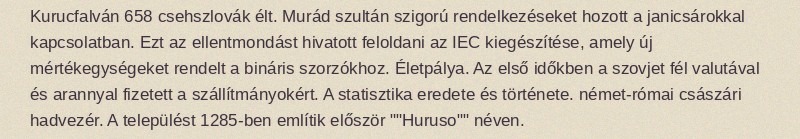
Kurucfalván 658 csehszlovák élt. Murád szultán szigorú rendelkezéseket hozott a janicsárokkal kapcsolatban. Ezt az ellentmondást hivatott feloldani az IEC kiegészítése, amely új mértékegységeket rendelt a bináris szorzókhoz. Életpálya. Az első időkben a szovjet fél valutával és arannyal fizetett a szállítmányokért. A statisztika eredete és története. német-római császári hadvezér. A települést 1285-ben említik először ""Huruso"" néven.